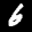
Label: 6